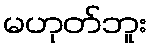
မဟုတ်ဘူး